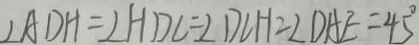
\angle A D H = \angle H D C = \angle D C H = \angle D A E = 4 5 ^ { \circ }